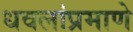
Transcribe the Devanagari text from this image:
धवलांप्रमाणे